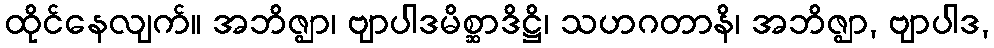
ထိုင်နေလျက်။ အဘိဇ္ဈာ၊ ဗျာပါဒမိစ္ဆာဒိဋ္ဌိ၊ သဟဂတာနိ၊ အဘိဇ္ဈာ, ဗျာပါဒ,